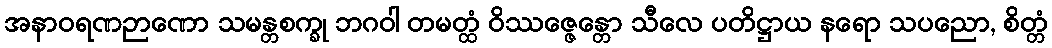
အနာဝရဏဉာဏော သမန္တစက္ခု ဘဂဝါ တမတ္ထံ ဝိဿဇ္ဇေန္တော သီလေ ပတိဋ္ဌာယ နရော သပညော, စိတ္တံ